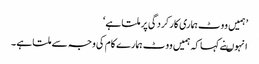
’ہمیں ووٹ ہماری کارکردگی پر ملتا ہے‘
انہوںنے کہا کہ ہمیں ووٹ ہمارے کام کی وجہ سے ملتا ہے ۔